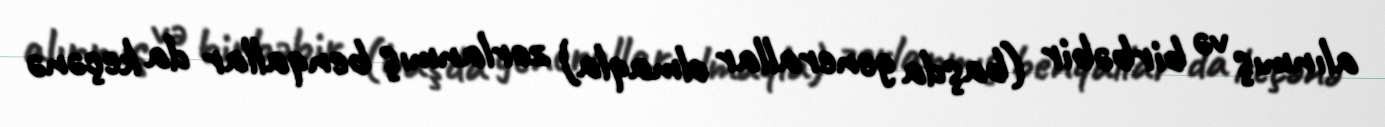
alınmış və birbəbir (başda generallar olmaqla) zorlanmış benqallar da keçənə